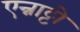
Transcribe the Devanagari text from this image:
एन्नाट्टो